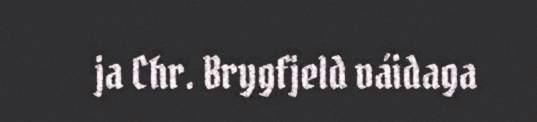
ja Chr. Brygfjeld váidaga